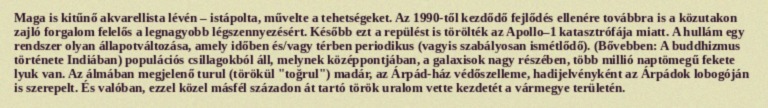
Maga is kitűnő akvarellista lévén – istápolta, művelte a tehetségeket. Az 1990-től kezdődő fejlődés ellenére továbbra is a közutakon zajló forgalom felelős a legnagyobb légszennyezésért. Később ezt a repülést is törölték az Apollo–1 katasztrófája miatt. A hullám egy rendszer olyan állapotváltozása, amely időben és/vagy térben periodikus (vagyis szabályosan ismétlődő). (Bővebben: A buddhizmus története Indiában) populációs csillagokból áll, melynek középpontjában, a galaxisok nagy részében, több millió naptömegű fekete lyuk van. Az álmában megjelenő turul (törökül "toğrul") madár, az Árpád-ház védőszelleme, hadijelvényként az Árpádok lobogóján is szerepelt. És valóban, ezzel közel másfél századon át tartó török uralom vette kezdetét a vármegye területén.